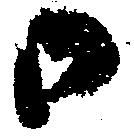
御